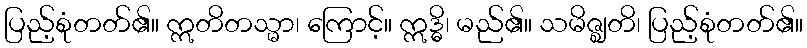
ပြည့်စုံတတ်၏။ ဣတိတသ္မာ၊ ကြောင့်။ ဣဒ္ဓိ၊ မည်၏။ သမိဇ္ဈတိ၊ ပြည့်စုံတတ်၏။